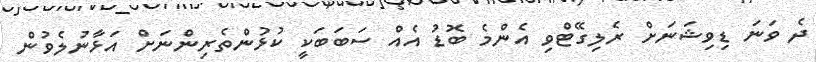
ދެ ވަނަ ޑިވިޝަނަށް ރެލިގޭޓްވި އެންމެ ބޮޑު އެއް ސަބަބަކީ ކުޅުންތެރިންނަށް އަޅާނުލެވުން